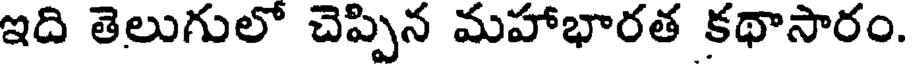
ఇది తెలుగులో చెప్పిన మహాభారత కథాసారం.